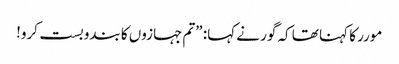
مورر کا کہنا تھا کہ گور نے کہا: ”تم جہازوں کا بندوبست کرو!